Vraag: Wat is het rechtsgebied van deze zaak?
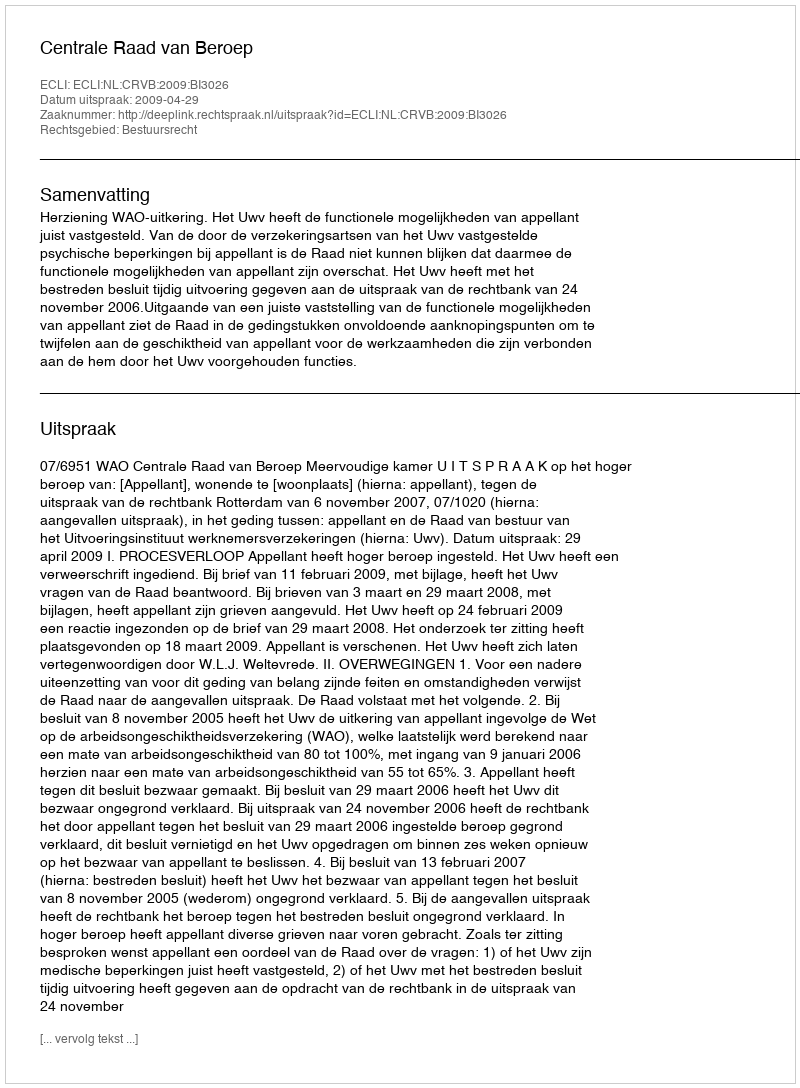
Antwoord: Bestuursrecht